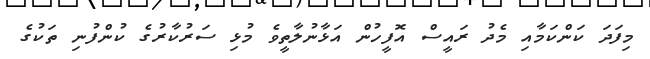
މިފަދަ ކަންކަމާއި މެދު ރައީސް އޮފީހުން އަޅާނުލާތީވެ މުޅި ސަރުކާރުގެ ކުންފުނި ތަކުގެ